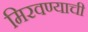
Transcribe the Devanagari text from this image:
मिरवण्याची